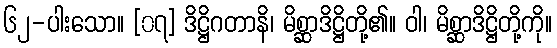
၆၂-ပါးသော။ [၀၇] ဒိဋ္ဌိဂတာနိ၊ မိစ္ဆာဒိဋ္ဌိတို့၏။ ဝါ၊ မိစ္ဆာဒိဋ္ဌိတို့ကို။